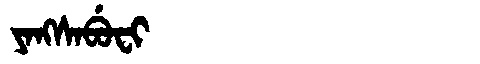
Manchu: ᠶᠠᠩᠰᠠᠪᡠᠸᡳ
Romanization: YANGSABUFI